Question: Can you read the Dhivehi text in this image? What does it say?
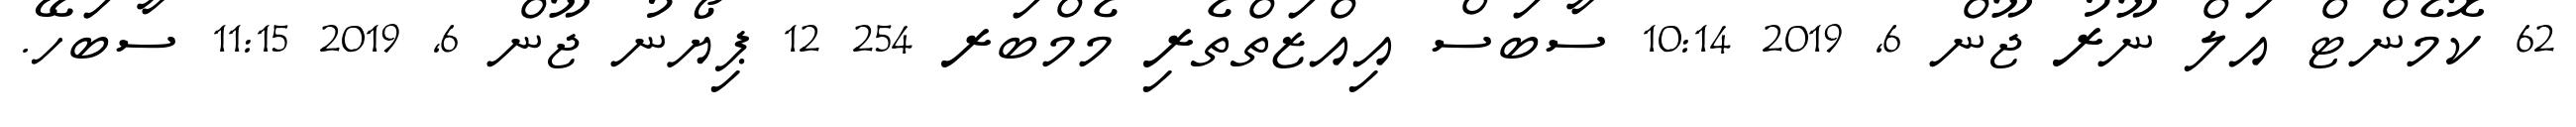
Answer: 62 ކޮމެންޓް އަލް ނޫރު ޖޫން 6, 2019 10:14 ސާބަސް އިއްޒަތްތެރި މެމްބަރ 254 12 ޕިޔޯނު ޖޫން 6, 2019 11:15 ސާބަހޭ.